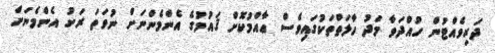
ދަރިވެއްޓުން ހުއްދަވާ މަދު ހާލަތްތަކުގައިވެސް ޢާއްމުކޮށް ޤައުމުގެ އެންމެންނަށް ނުވަތަ ރަށު އެންމެނަށް